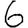
Digit: 6